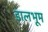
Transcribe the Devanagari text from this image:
डालभूम